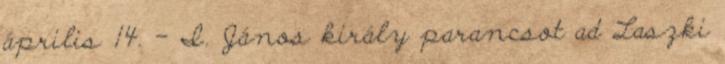
április 14. – I. János király parancsot ad Laszki